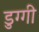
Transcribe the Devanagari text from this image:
डुग्गी